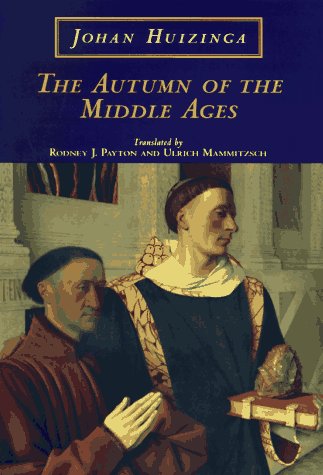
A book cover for The Autumn of the Middle Ages; Johan Huizinga; History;